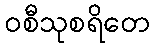
ဝစီသုစရိတေ